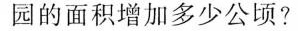
园的面积增加多少公顷?